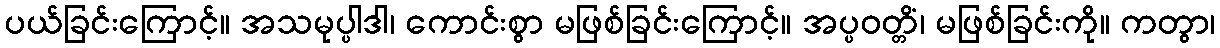
ပယ်ခြင်းကြောင့်။ အသမုပ္ပါဒါ၊ ကောင်းစွာ မဖြစ်ခြင်းကြောင့်။ အပ္ပဝတ္တိံ၊ မဖြစ်ခြင်းကို။ ကတွာ၊